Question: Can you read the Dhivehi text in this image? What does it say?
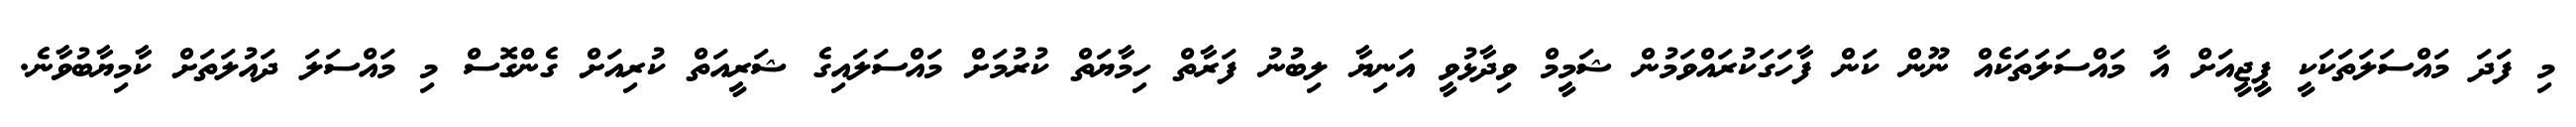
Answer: މި ފަދަ މައްސަލަތަކަކީ ޕީޖީއަށް އާ މައްސަލަތަކެއް ނޫން ކަން ފާހަގަކުރައްވަމުން ޝަމީމް ވިދާޅުވީ އަނިޔާ ލިބުނު ފަރާތް ހިމާޔަތް ކުރުމަށް މައްސަލައިގެ ޝަރީއަތް ކުރިއަށް ގެންގޮސް މި މައްސަލަ ދައުލަތަށް ކާމިޔާބުވާނެ.